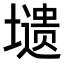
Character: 𭏸